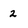
Character: 2